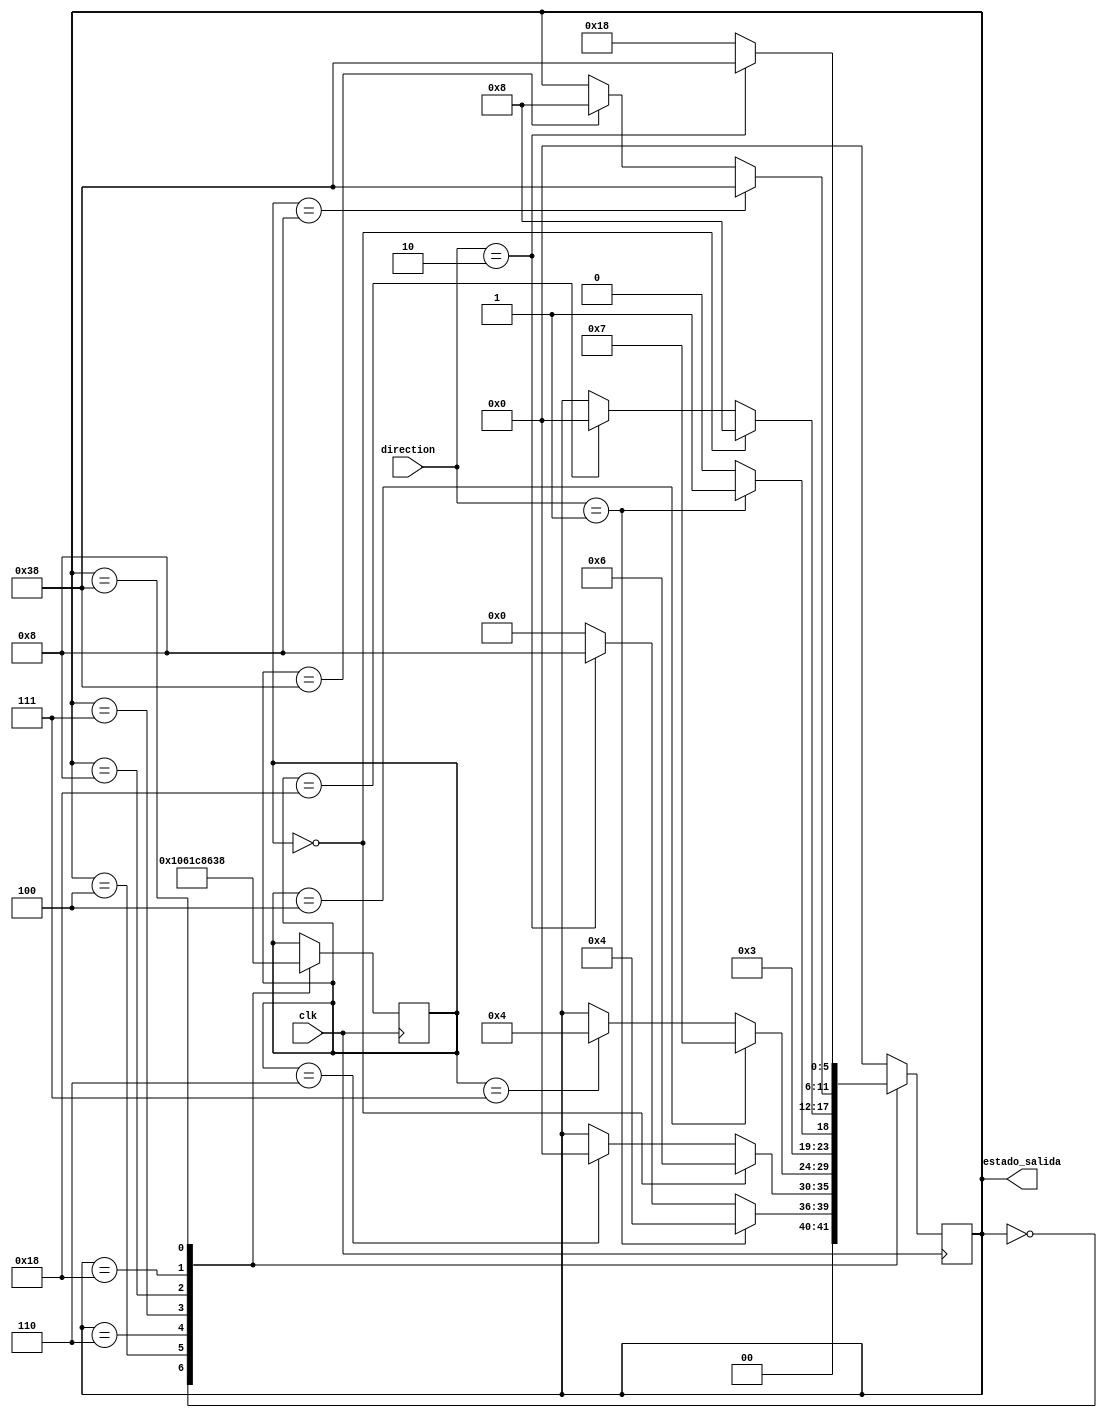
module m_e(clk, direction, estado_salida);

    input clk;
    input [1:0]direction;
    output reg [5:0]estado_salida;

    reg [5:0] ESTADO_PREV;

    parameter ESTADO_0 = 6'b000_000,
    ESTADO_1 = 6'b000_100,
    ESTADO_2 = 6'b000_110,
    ESTADO_3 = 6'b000_111,
    ESTADO_4 = 6'b001_000,
    ESTADO_5 = 6'b011_000,
    ESTADO_6 = 6'b111_000;


    always @ (posedge clk) begin

    case(estado_salida)    
        ESTADO_0:begin
            if (direction == 2'b01)begin
                estado_salida <= ESTADO_1;
                // ESTADO_PREV <= ESTADO_0;
            end else if (direction == 2'b10)begin
                estado_salida <= ESTADO_4;
                // ESTADO_PREV <= ESTADO_0;
            end else begin
                estado_salida <=  ESTADO_0;
            end    
            ESTADO_PREV <= ESTADO_0;
        end

        ESTADO_1:begin
            if (ESTADO_PREV == ESTADO_0)begin
                estado_salida <= ESTADO_2;
                // ESTADO_PREV <= ESTADO_1;
            end else if(ESTADO_PREV == ESTADO_2)begin
                estado_salida <= ESTADO_0;
                // ESTADO_PREV <= ESTADO_1;
            end
            ESTADO_PREV <= ESTADO_1;
            
        end

        ESTADO_2:begin
            if (ESTADO_PREV == ESTADO_1)begin
                estado_salida <= ESTADO_3;
                // ESTADO_PREV <= ESTADO_2;
            end else if(ESTADO_PREV == ESTADO_3)begin
                estado_salida <= ESTADO_1;
                // ESTADO_PREV <= ESTADO_2;
            end
            ESTADO_PREV <= ESTADO_2;
        end

        ESTADO_3:begin
            if (direction == 2'b01)begin
                estado_salida <= ESTADO_3;
            end else begin
                estado_salida <= ESTADO_2;
            end
            ESTADO_PREV <= ESTADO_3;
        end

        ESTADO_4:begin
            if (ESTADO_PREV == ESTADO_0)begin
                estado_salida <= ESTADO_4;
                // ESTADO_PREV <= ESTADO_1;
            end else if(ESTADO_PREV == ESTADO_5)begin
                estado_salida <= ESTADO_0;
                // ESTADO_PREV <= ESTADO_1;
            end
            ESTADO_PREV <= ESTADO_4;
        end

        ESTADO_5:begin
            if (ESTADO_PREV == ESTADO_4)begin
                estado_salida <= ESTADO_6;
                // ESTADO_PREV <= ESTADO_1;
            end else if(ESTADO_PREV == ESTADO_6)begin
                estado_salida <= ESTADO_4;
                // ESTADO_PREV <= ESTADO_1;
            end
            ESTADO_PREV <= ESTADO_5;
        end

        ESTADO_6:begin
            if (direction == 2'b10)begin
                estado_salida <= ESTADO_6;
            end else begin
                estado_salida <= ESTADO_5;
            end
            ESTADO_PREV <= ESTADO_6;
        end

        default: estado_salida <= ESTADO_0;
    endcase
        
    end

endmodule